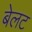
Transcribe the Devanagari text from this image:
बेलट